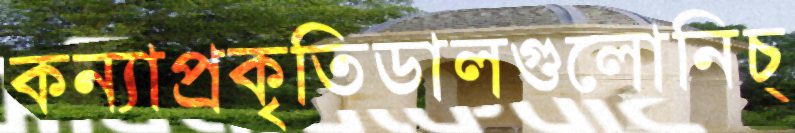
কন্যাপ্রকৃতিডালগুলোনিচ্